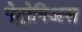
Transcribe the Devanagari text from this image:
पेट्रोनिअस